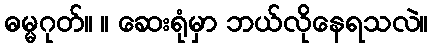
ဓမ္မဂုတ်။ ။ ဆေးရုံမှာ ဘယ်လိုနေရသလဲ။